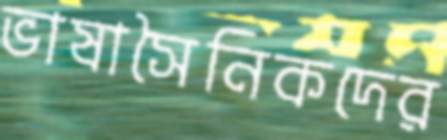
ভাষাসৈনিকদের